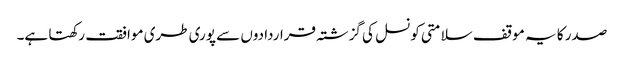
صدر کا یہ موقف سلامتی کونسل کی گزشتہ قراردادوں سے پوری طری موافقت رکھتا ہے۔